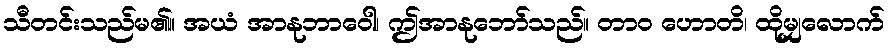
သီတင်းသည်မ၏။ အယံ အာနုဘာဝေါ၊ ဤအာနုဘော်သည်။ တာဝ ဟောတိ၊ ထိုမျှလောက်